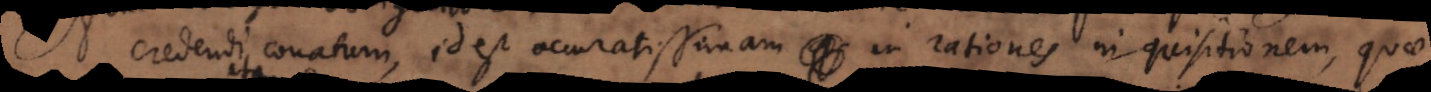
m credendi conatum, id est accuratissimam in credendi rationes inquisitionem: quae